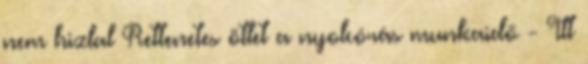
nem hizlal Rettenetes ötlet a nyolcórás munkaidő - Itt